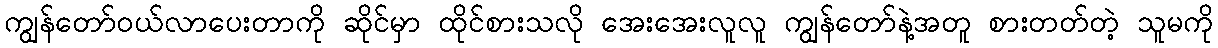
ကျွန်တော်ဝယ်လာပေးတာကို ဆိုင်မှာ ထိုင်စားသလို အေးအေးလူလူ ကျွန်တော်နဲ့အတူ စားတတ်တဲ့ သူမကို